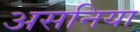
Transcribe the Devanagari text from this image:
असनिया